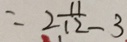
= 2 \frac { 1 1 } { 1 2 } - 3